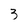
Character: 3